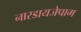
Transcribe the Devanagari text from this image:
नारडायजेपाम